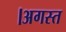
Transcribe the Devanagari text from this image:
।अगस्त